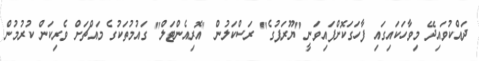
ދައްކުވައިދޭ މިވާހަކައިގައި ފާހަގަކޮށްފައިވަނީ "ޔޫރަޕުގެ" ރަސްކަލުން "އޮރިއެންޓަލް" ގައުމުތަކުގެ މައްޗަށް ވެރިކަން ކުރުމުން